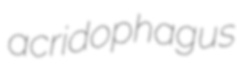
acridophagus